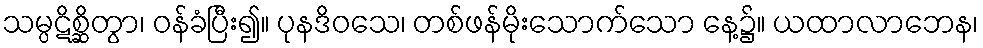
သမ္ပဋိစ္ဆိတွာ၊ ဝန်ခံပြီး၍။ ပုနဒိဝသေ၊ တစ်ဖန်မိုးသောက်သော နေ့၌။ ယထာလာဘေန၊